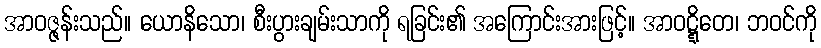
အာဝဇ္ဇန်းသည်။ ယောနိသော၊ စီးပွားချမ်းသာကို ရခြင်း၏ အကြောင်းအားဖြင့်။ အာဝဋ္ဋိတေ၊ ဘဝင်ကို